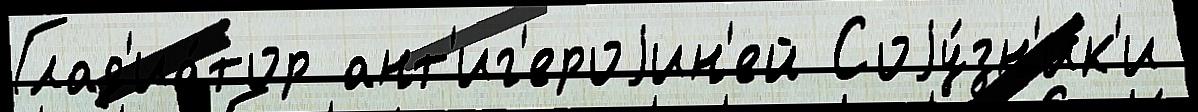
Глад'иа́тор ант'иг'ероjин'ей Соjу́зн'ик'и